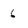
Character: 6